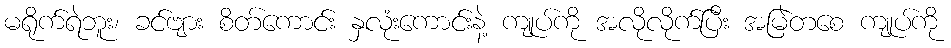
မရိုက်ရဲဘူး၊ ခင်ဗျား စိတ်ကောင်း နှလုံးကောင်းနဲ့ ကျုပ်ကို အလိုလိုက်ပြီး အမြဲတစေ ကျုပ်ကို